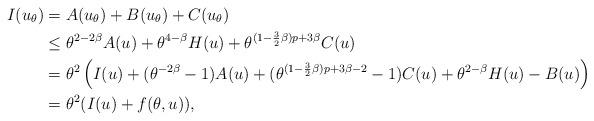
LaTeX: \begin{align*}I(u_{\theta})&=A(u_{\theta})+B(u_{\theta})+C(u_{\theta})\\&\le\theta^{2-2\beta}A(u)+\theta^{4-\beta}H(u)+\theta^{(1-\frac{3}{2}\beta)p+3\beta}C(u)\\&=\theta^{2}\left(I(u)+(\theta^{-2\beta}-1)A(u)+(\theta^{(1-\frac{3}{2}\beta)p+3\beta-2}-1)C(u)+\theta^{2-\beta}H(u)-B(u)\right)\\&=\theta^{2}(I(u)+f(\theta,u)),\end{align*}